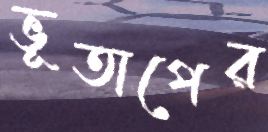
ভূতাপের